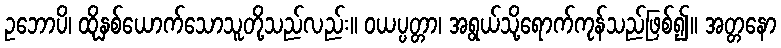
ဥဘောပိ၊ ထိုနှစ်ယောက်သောသူတို့သည်လည်း။ ဝယပ္ပတ္တာ၊ အရွယ်သို့ရောက်ကုန်သည်ဖြစ်၍။ အတ္တနော